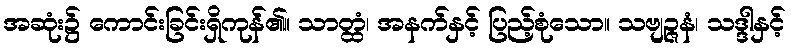
အဆုံး၌ ကောင်းခြင်းရှိကုန်၏။ သာတ္ထံ၊ အနက်နှင့် ပြည့်စုံသော။ သဗျဉ္ဇနံ၊ သဒ္ဒါနှင့်